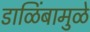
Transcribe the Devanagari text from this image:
डाळिंबामुळे